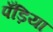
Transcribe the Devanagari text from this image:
पँड़िया